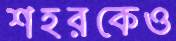
শহরকেও